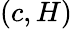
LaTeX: (c,H)